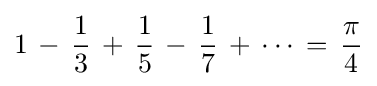
1\,-\,{\frac {1}{3}}\,+\,{\frac {1}{5}}\,-\,{\frac {1}{7}}\,+\,\cdots \,=\,{\frac {\pi }{4}}